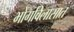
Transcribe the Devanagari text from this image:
भोगविलासात